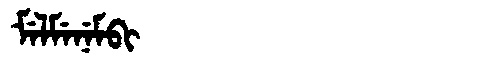
Manchu: ᠮᡝᠯᠮᡝᠨᡝᠮᠪᡳ
Romanization: MELMENEMBI